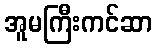
အူမကြီးကင်ဆာ